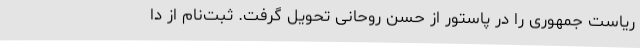
ریاست جمهوری را در پاستور از حسن روحانی تحویل گرفت. ثبت‌نام از دا